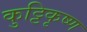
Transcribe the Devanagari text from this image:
कुट्टिकृष्ण